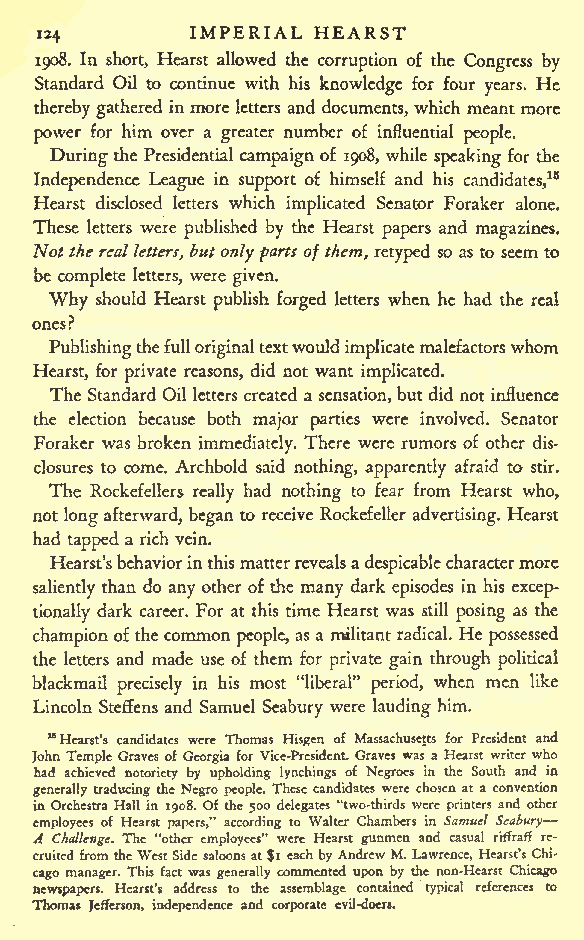
IMPERIAL HEARST
 124
 1908. In short, Hearst allowed the corruption of the Congress by
 Standard Oil to continue with his knowledge for four years. He
 therebygathered in more letters and documents, which meant more
 power for him over a greater number of influential people.
 During the Presidential campaign of 1908, while speaking for the
 Independence League in support of himself and his candidates,15
 Hearst disclosed letters which implicated Senator Foraker alone.
 These letters were published by the Hearst papers and magazines.
 Nottherealletters, but onlypartsof them, retyped so as to seem to
 be complete letters, were given.
 Why should Hearst publish forged letters when he had the real
 ones?
 Publishingthefulloriginaltextwould implicatemalefactorswhom
 Hearst, for private reasons, did not want implicated.
 The Standard Oil letters created a sensation, butdid not influence
 the election because both major parties were involved. Senator
 Foraker was broken immediately. There were rumors of other dis-
 closures to come. Archbold said nothing, apparently afraid to stir.
 The Rockefellers really had nothing to fear from Hearst who,
 not longafterward, began to receive Rockefeller advertising. Hearst
 had tapped a rich vein.
 Hearst'sbehaviorinthismatterrevealsadespicablecharactermore
 saliently than do any other of the many dark episodes in his excep-
 tionally dark career. For at this time Hearst was still posing as the
 championofthecommon people, as a militant radical. He possessed
 the letters and made use of them for private gain through political
 blackmail precisely in his most "liberal" period, when men like
 Lincoln Steffens and Samuel Seabury were lauding him.
 "Hearst's candidates were Thomas Hisgen of Massachusetts for President and
 John Temple Graves of Georgia for Vice-President. Graves was a Hearst writerwho
 had achieved notoriety by upholding lynchings of Negroes in the South and in
 generally traducing the Negro people. These candidates were chosen at a convention
 in Orchestra Hall in 1908. Of the 500 delegates "two-thirds were printers and other
 employees of Hearst papers," according to Walter Chambers in Samuel Seabury
 A Challenge. The "other employees" were Hearst gunmen and casual riffraff re-
 cruitedfromtheWestSide saloonsat$i eachbyAndrewM.Lawrence, Hearst's Chi-
 cago manager. This fact was generally commented upon by the non-Hearst Chicago
 newspapers. Hearst's address to the assemblage contained typical references to
 Thomas Jefferson, independence and corporate evil-doers.